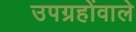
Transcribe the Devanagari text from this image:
उपग्रहोंवाले